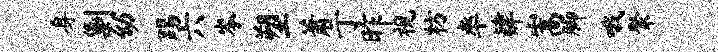
身剿幼踢六岑塑萧亍昨视枋率肄嵩脚哦聚